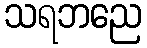
သရဘညေ